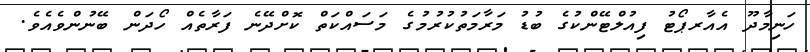
ހަނިމާދޫ އެއާރޕޯޓު ފިއުލްޓޭންކުގެ ބުޑު މަރާމަތުކުރުމުގެ މަސައްކަތް ކޮށްދޭނެ ފަރާތެއް ހޯދަން ބޭނުންވެއެވެ.